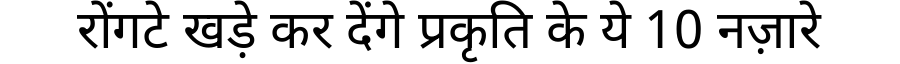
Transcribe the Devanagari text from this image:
रोंगटे खड़े कर देंगे प्रकृति के ये 10 नज़ारे